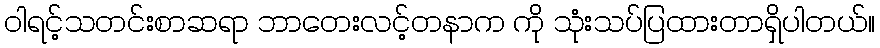
ဝါရင့်သတင်းစာဆရာ ဘာတေးလင့်တနာက ကို သုံးသပ်ပြထားတာရှိပါတယ်။